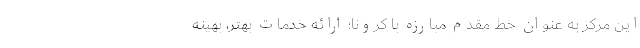
این مرکز به عنوان خط مقدم مبارزه با کرونا؛ ارائه خدمات بهتر، بهینه